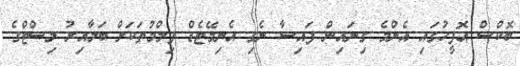
ބޮކްސް އޮފީހުގައި އެންމެ ގިނައިން ފައިސާ ނެގި އެނިމޭޓެޑް ފިލްމުތަކަށް ބަލާއިރު ލިސްޓްގެ